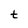
Character: t